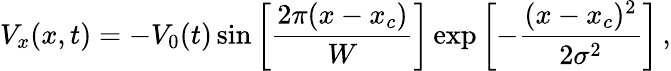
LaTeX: V_{x}(x,t)=-V_{0}(t)\sin{\left[\frac{2\pi(x-x_{c})}{W}\right]}\exp{\left[-\frac{(x-x_{c})^{2}}{2\sigma^{2}}\right]}\, ,